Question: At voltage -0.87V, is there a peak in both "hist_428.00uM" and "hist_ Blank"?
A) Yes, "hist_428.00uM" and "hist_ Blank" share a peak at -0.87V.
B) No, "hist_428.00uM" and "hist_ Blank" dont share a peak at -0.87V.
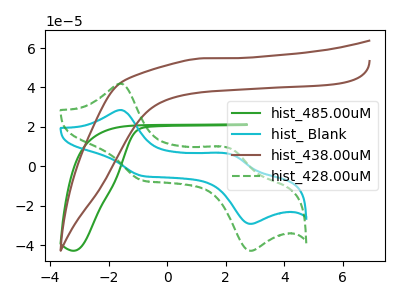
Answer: <think>The green curve "hist_485.00uM" has no peaks. The cyan curve "hist_ Blank" has anodic peaks at (-1.60V, 28.55uA) (2.15V, 6.05uA) and cathodic peaks at (-0.85V, -4.85uA) (2.85V, -29.20uA). The brown curve "hist_438.00uM" has no peaks. The green dashed curve "hist_428.00uM" has anodic peaks at (-1.60V, 41.90uA) (2.15V, 8.90uA) and cathodic peaks at (-0.85V, -7.10uA) (2.85V, -42.90uA).</think>
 <answer>A) Yes, "hist_428.00uM" and "hist_ Blank" share a peak at -0.87V.</answer>
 <eval>A</eval>